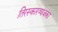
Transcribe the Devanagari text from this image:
तिरस्कारव्यंजका